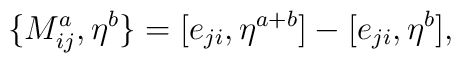
\{M^a_{ij},\eta^b\}=[e_{ji},\eta^{a+b}]-[e_{ji},\eta^b],